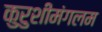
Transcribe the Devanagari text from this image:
कुरुशीमंगलम